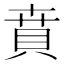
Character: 賁